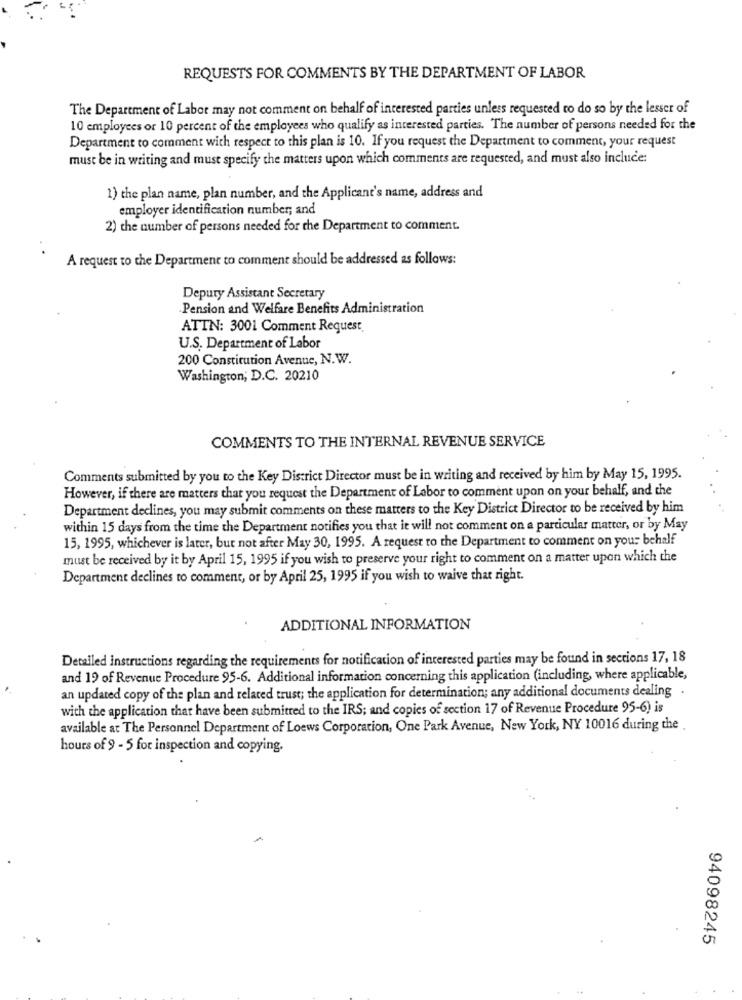
REQUESTS FOR COMMENTS BY THE DEPARTMENT OF LABOR
The Department of Labor may not comment on behalf of interested parties unless requested to do so by the lesser of
10 employees or 10 percent of the employees who qualify as interested parties. The number of persons needed for the
Department to comment with respect to this plan is 10. If you request the Department to comment, your request
must be in writing and must specify the matters upon which comments are requested, and must also include:
1) the plan name, plan number, and the Applicant's name, address and
employer identification number; and
2) the number of persons needed for the Department to comment.
A request to the Department to comment should be addressed as follows:
Deputy Assistant Secretary
Pension and Welfare Benefits Administration
ATTN: 3001 Comment Request
U.S. Department of Labor
200 Constitution Avenue, N.W.
Washington, D.C. 20210
COMMENTS TO THE INTERNAL REVENUE SERVICE
Comments submitted by you to the Key District Director must be in writing and received by him by May 15, 1995.
However, if there are matters that you request the Department of Labor to comment upon on your behalf, and the
Department declines, you may submit comments on these matters to the Key District Director to be received by him
within 15 days from the time the Department notifies you that it will not comment on a particular matter, or by May
15, 1995, whichever is later, but not after May 30, 1995. A request to the Department to comment on your behalf
must be received by it by April 15, 1995 if you wish to preserve your right to comment on a matter upon which the
Department declines to comment, or by April 25, 1995 if you wish to waive that right.
ADDITIONAL INFORMATION
Detailed instructions regarding the requirements for notification of interested parties may be found in sections 17, 18
and 19 of Revenue Procedure 95-6. Additional information concerning this application (including, where applicable,
an updated copy of the plan and related trust; the application for determination; any additional documents dealing .
with the application that have been submitted to the IRS; and copies of section 17 of Revenue Procedure 95-6) is
available at The Personnel Department of Loews Corporation, One Park Avenue, New York, NY 10016 during the
hours of 9 - 5 for inspection and copying.
94098245